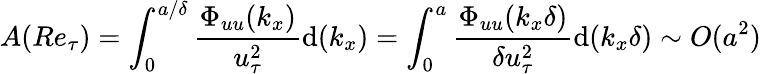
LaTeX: A(Re_{\tau})=\int_{0}^{a/\delta}\frac{\Phi_{uu}(k_{x})}{u_{\tau}^{2}}\mathrm{d}(k_{x})=\int_{0}^{a}\frac{\Phi_{uu}(k_{x}\delta)}{\delta u_{\tau}^{2}}\mathrm{d}(k_{x}\delta)\sim O(a^{2})